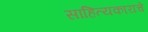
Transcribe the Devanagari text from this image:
साहित्यकारांचे